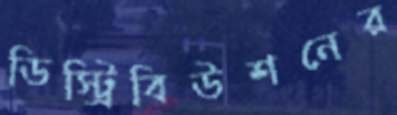
ডিস্ট্রিবিউশনের